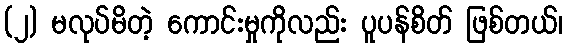
(၂) မလုပ်မိတဲ့ ကောင်းမှုကိုလည်း ပူပန်စိတ် ဖြစ်တယ်၊